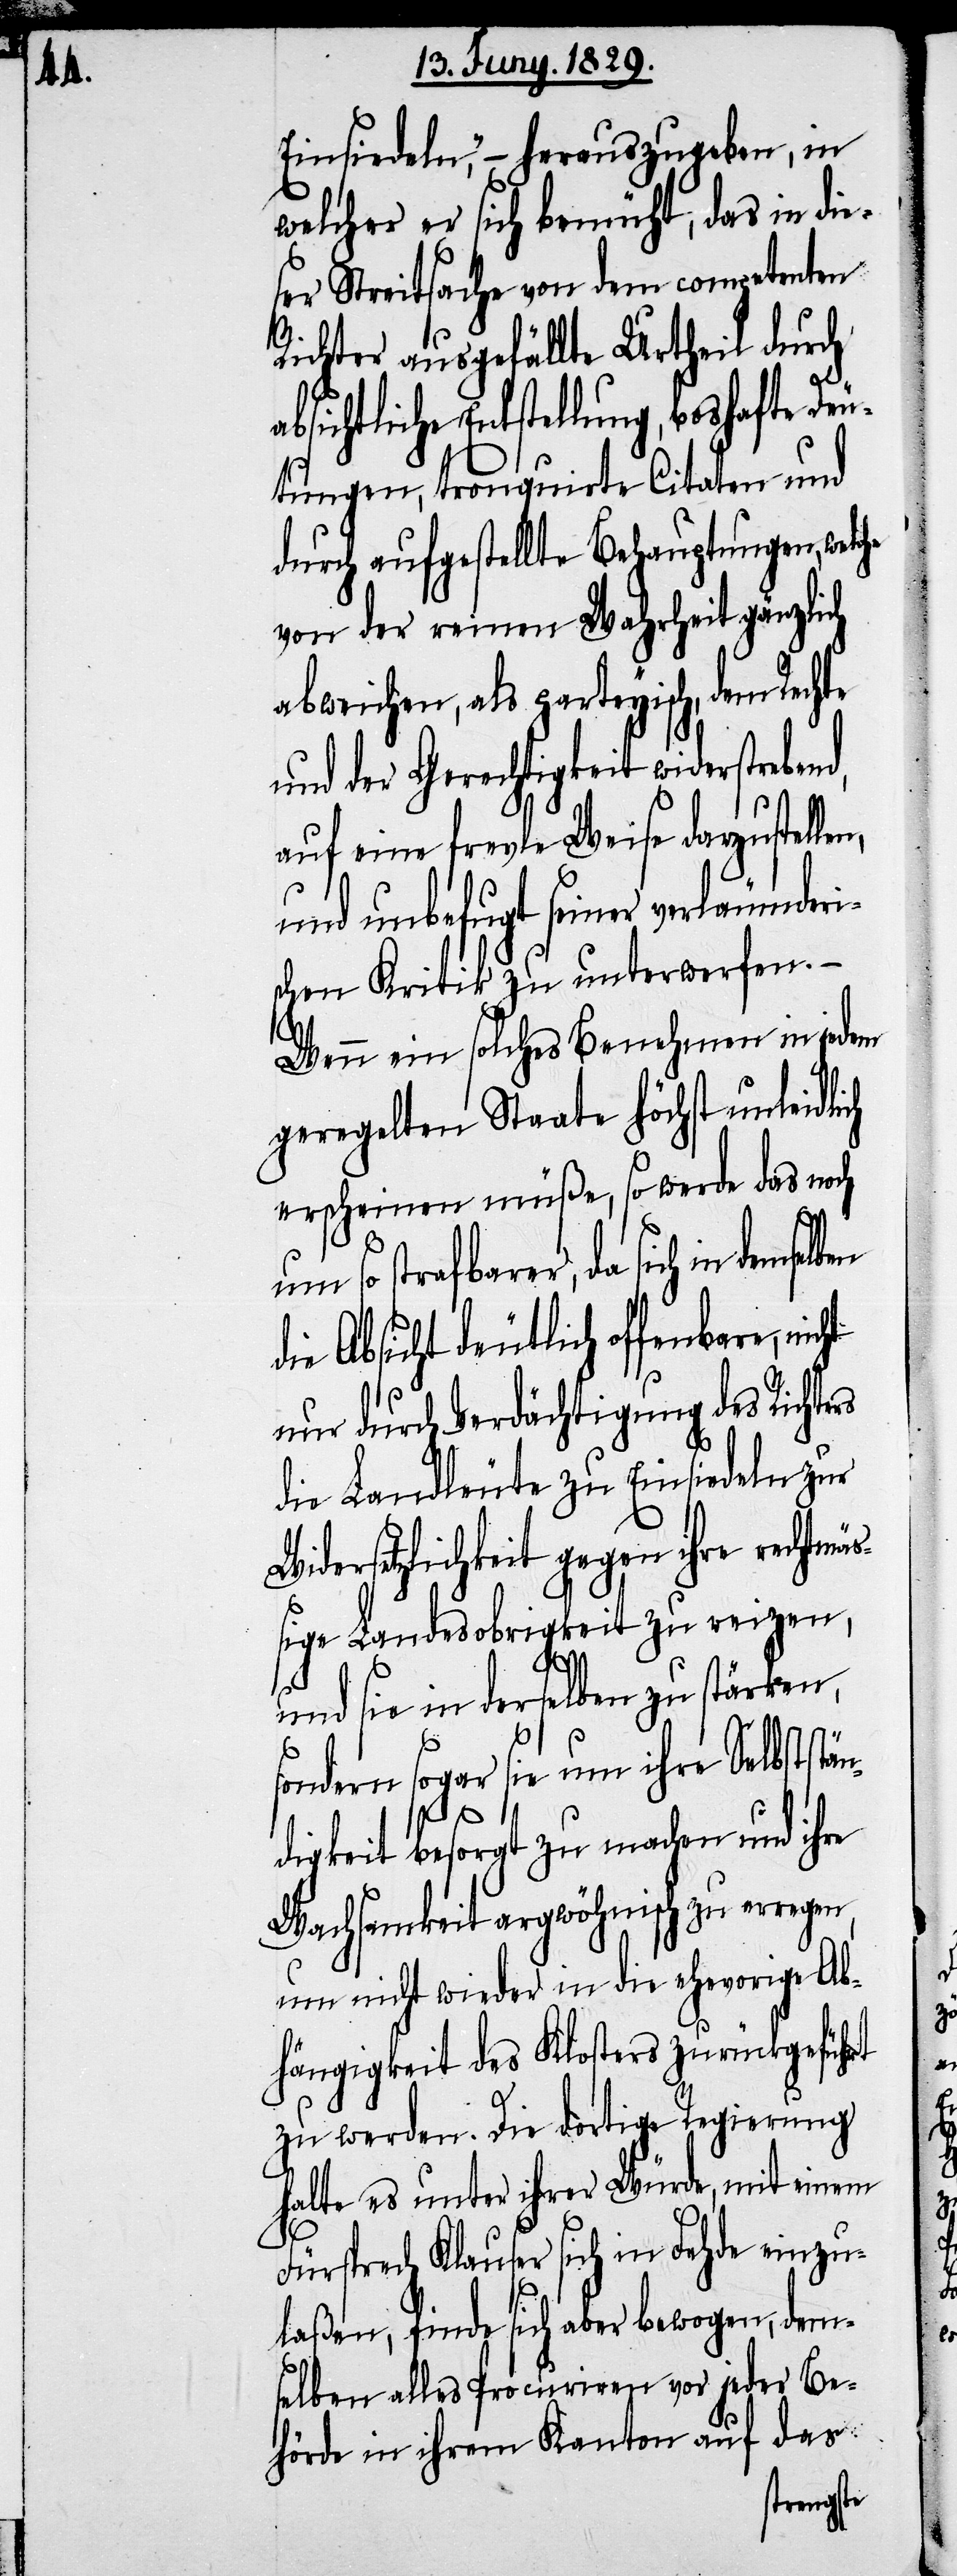
Einsiedeln,“– herauszugeben, in
welcher er sich bemüht, das in die¬
ser Streitsache von dem competenten
Richter ausgefällte Urtheil durch
bsichtliche Entstellung, boshafte Deu¬
von der reinen Wahrheit gänzlich
abweichen, als parteyisch, dem Rechte
und der Gerechtigkeit widerstreben¬
auf eine frevle Weise darzustelle¬
und unbefugt seiner verleumderi¬
schen Kritik zu unterwerfen.–
Wenn ein solches Benehmen in jedem
geregeltem Staate höchst unleidlich
erscheinen müße, so das noch
um so strafbarer, da sich in demsel¬
die Absicht deutlich offenbare, nic¬
nur durch Verdächtigung des Richte¬
die Landleute zu Einsiedeln zur
Widersetzlichkeit gegen ihre rechtmä¬
ßige Landesobrigkeit zu reizen,
und sie in derselben zu stärken,
rs
sondern sogar sie um ihre Selbststän¬
d,
digkeit besorgt zu machen und ihre
Wachsamkeit argwöhnisch zu erregen,
um nicht wieder in die ehevorige Ab¬
hängigkeit des Klosters zurückgeführt
zu werden. Die dortige Regierung
halte es unter ihrer Würde, mit einem
Fürsprech Klauser sich in Fehde einzu¬
laßen, finde sich aber bewogen, dem¬
selben alles Procuriren vor jeder Be¬
hörde in ihrem Kanton auf das
tungen,